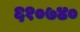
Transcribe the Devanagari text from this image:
६१०७४०